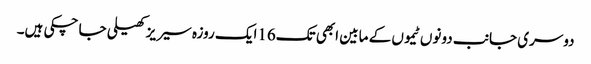
دوسری جانب دونوں ٹیموں کے مابین ابھی تک16ایک روزہ سیر یز کھیلی جا چکی ہیں۔